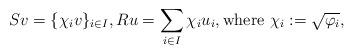
LaTeX: \begin{align*}S v = \{\chi_i v\}_{i\in I}, Ru = \sum_{i\in I} \chi_i u_i, \hbox{where } \chi_i:= \sqrt{\varphi_i},\end{align*}